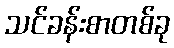
သင်ခန်းစာတစ်ခု